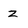
Character: Z